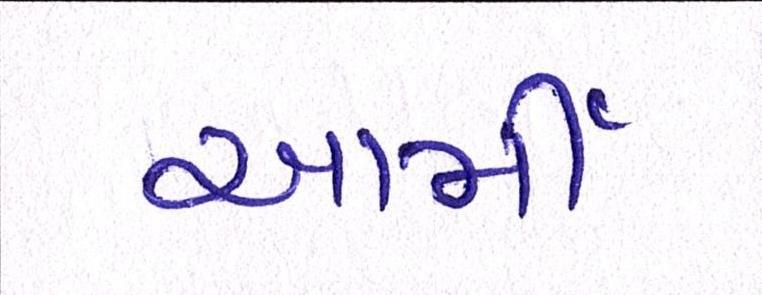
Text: આર્મી